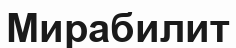
Мирабилит